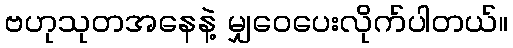
ဗဟုသုတအနေနဲ့ မျှဝေပေးလိုက်ပါတယ်။